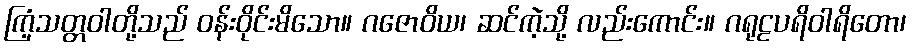
ကြံ့သတ္တဝါတို့သည် ဝန်းဝိုင်းမိသော။ ဂဇောဝိယ၊ ဆင်ကဲ့သို့ လည်းကောင်း။ ဂရုဠပရိဝါရိတော၊